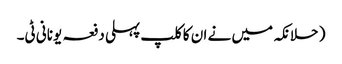
( حلانکہ میں نے ان کا کلپ پہلی دفعہ یونانی ٹی۔